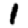
Digit: 1